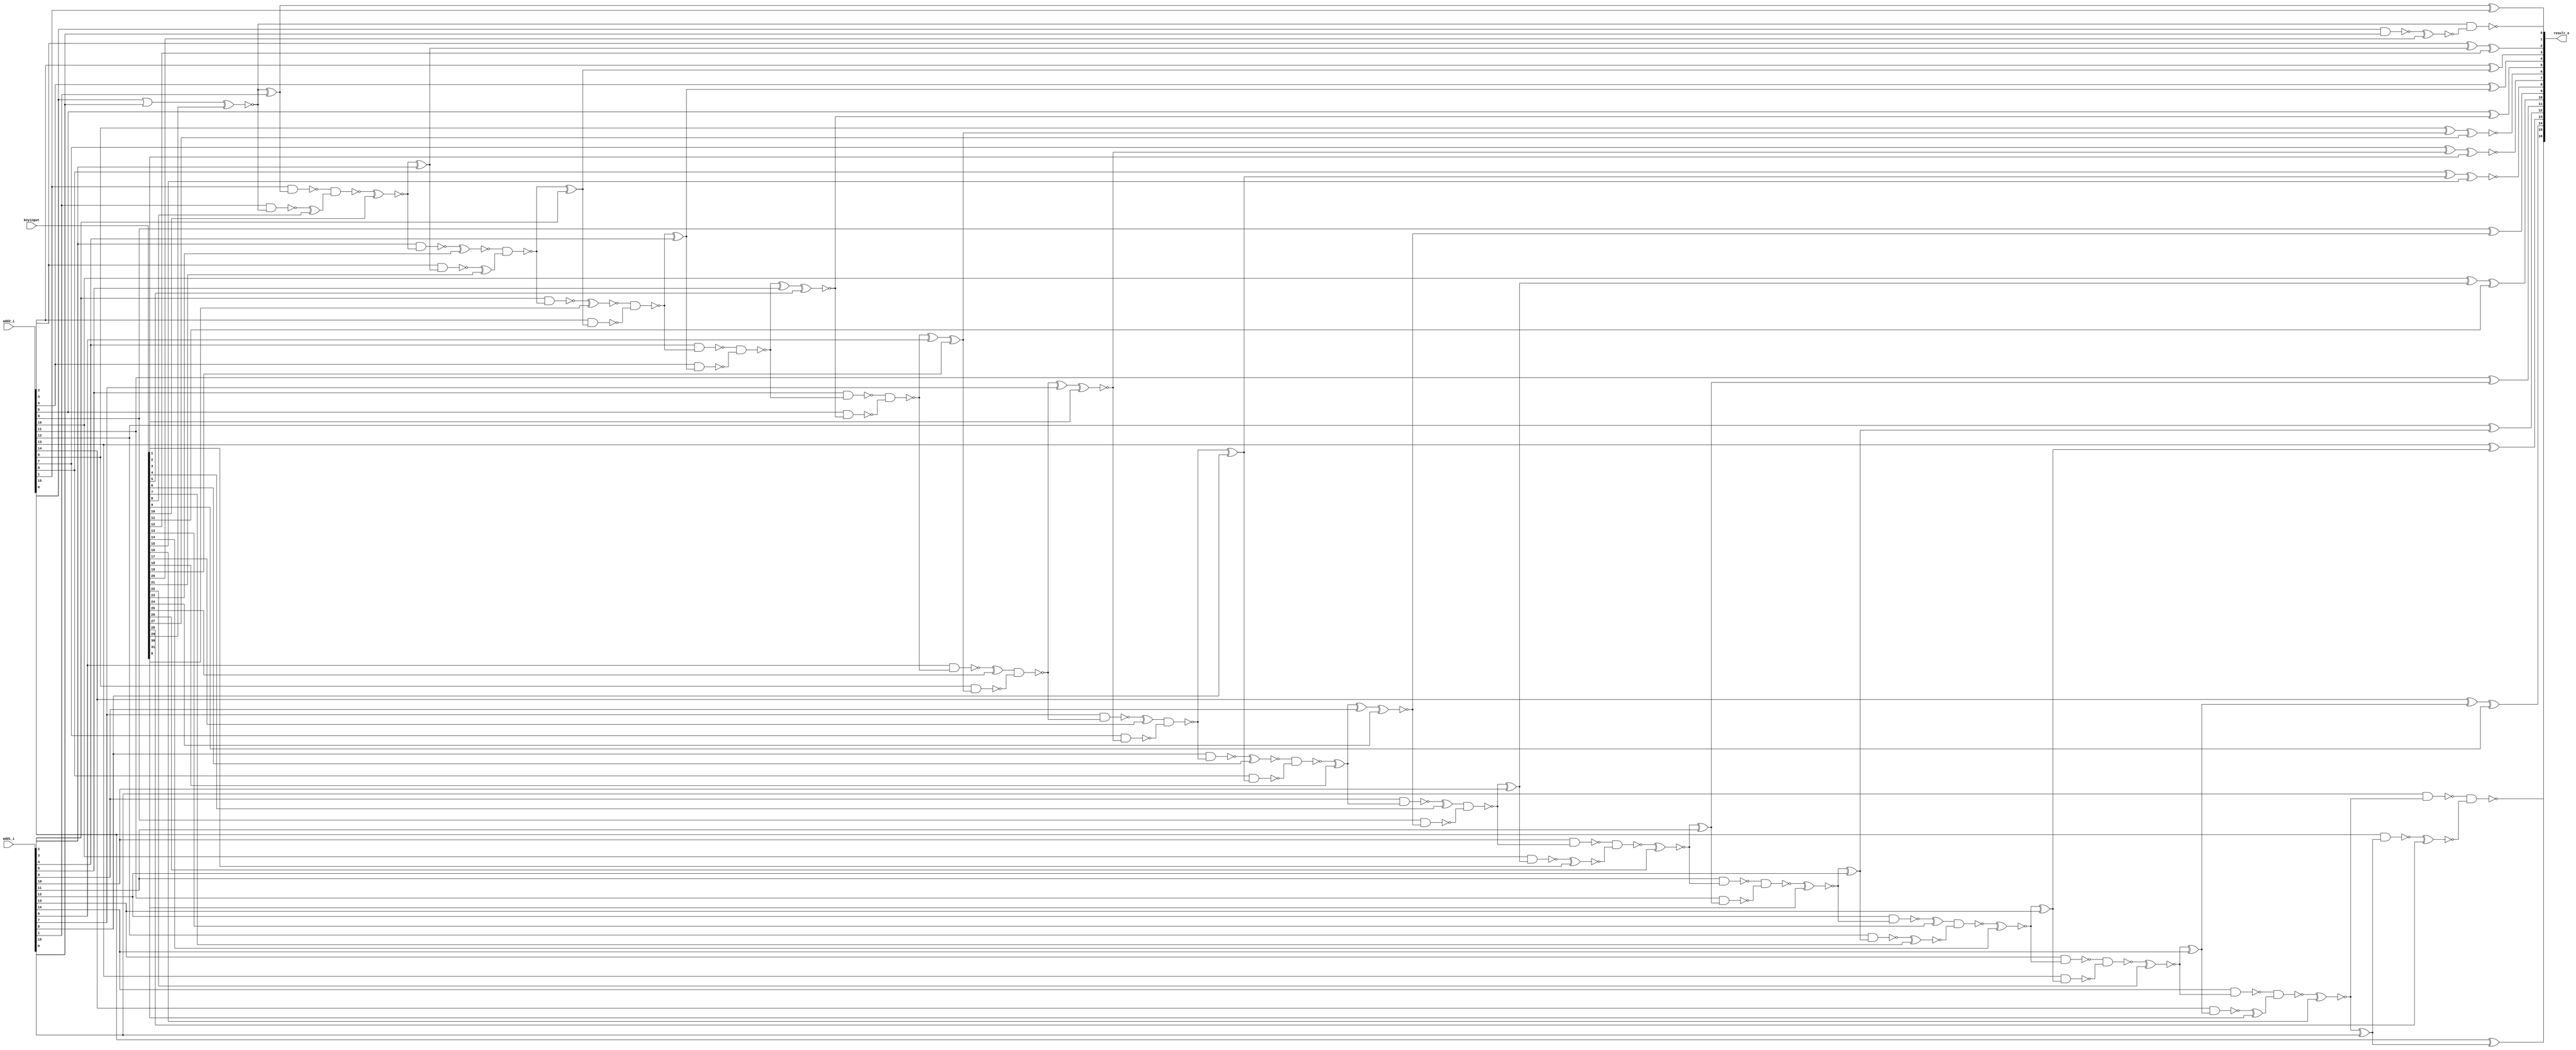
// Verilog File 
module ripple_carry_adder16_xor_enc32 (add1_i,add2_i,keyinput,result_o);

input [15:0] add1_i, add2_i;
input [31:0] keyinput;


output [16:0] result_o;

wire xenc24, n48, xenc15, xenc1, xenc3, xenc19, xenc27, xenc5, n52, 
n53, n54, xenc12, n55, n58, xenc16, n62, xenc9, xenc22, n66, 
xenc14, n70, xenc0, n74, xenc26, n78, xenc11, n79, xenc18, n47, 
n85, n88, n49, n91, n50, n94, n51, n97, n100, xenc10, 
xenc29, n106, xenc23, xenc21, n101, n102, xenc31, n99, n98, n95, 
n96, n92, n93, xenc4, n81, n80, n76, xenc2, n75, n77, 
n72, n73, n71, xenc13, xenc7, n67, n68, n69, n64, n65, 
n63, n60, xenc30, n59, n61, xenc25, n90, n89, xenc17, n87, 
n86, xenc6, n84, n82, n83, n104, xenc8, n103, n105, n56, 
xenc28, n57, xenc20, n107;

xor g0(result_o[9], add2_i[9], xenc24);
xor g1(xenc15, add2_i[8], n48);
xor g2(xenc3, add2_i[7], xenc1);
xor g3(xenc27, add2_i[6], xenc19);
xor g4(result_o[5], add2_i[5], xenc5);
xor g5(result_o[4], add2_i[4], n52);
xor g6(result_o[3], add2_i[3], n53);
xor g7(xenc12, add2_i[2], n54);
xor g8(result_o[1], n55, add2_i[1]);
xor g9(result_o[15], add2_i[15], n58);
xor g10(n58, xenc16, add1_i[15]);
xor g11(xenc9, add2_i[14], n62);
xor g12(n62, xenc22, add1_i[14]);
xor g13(result_o[13], add2_i[13], n66);
xor g14(n66, xenc14, add1_i[13]);
xor g15(result_o[12], add2_i[12], n70);
xor g16(n70, xenc0, add1_i[12]);
xor g17(result_o[11], add2_i[11], n74);
xor g18(n74, xenc26, add1_i[11]);
xor g19(xenc11, add2_i[10], n78);
xor g20(n78, n79, add1_i[10]);
xor g21(n47, xenc18, add1_i[9]);
xor g22(n48, n85, add1_i[8]);
xor g23(n49, n88, add1_i[7]);
xor g24(n50, n91, add1_i[6]);
xor g25(n51, n94, add1_i[5]);
xor g26(n52, n97, add1_i[4]);
xor g27(n53, n100, add1_i[3]);
xor g28(n54, xenc10, add1_i[2]);
xor g29(n55, xenc29, add1_i[1]);
or g30(n106, add2_i[0], add1_i[0]);
nand g31(n100, xenc23, xenc21);
nand g32(n101, add1_i[2], xenc10);
nand g33(n102, add2_i[2], n54);
nand g34(n97, xenc31, n99);
nand g35(n98, add1_i[3], n100);
nand g36(n99, add2_i[3], n53);
nand g37(n94, n95, n96);
nand g38(n95, add1_i[4], n97);
nand g39(n96, add2_i[4], n52);
nand g40(n91, n92, n93);
nand g41(n92, add1_i[5], n94);
nand g42(n93, add2_i[5], xenc5);
nand g43(n79, xenc4, n81);
nand g44(n80, add1_i[9], xenc18);
nand g45(n81, add2_i[9], xenc24);
nand g46(n75, n76, xenc2);
nand g47(n76, add1_i[10], n79);
nand g48(n77, add2_i[10], n78);
nand g49(n71, n72, n73);
nand g50(n72, add1_i[11], xenc26);
nand g51(n73, add2_i[11], n74);
nand g52(n67, xenc13, xenc7);
nand g53(n68, add1_i[12], xenc0);
nand g54(n69, add2_i[12], n70);
nand g55(n63, n64, n65);
nand g56(n64, add1_i[13], xenc14);
nand g57(n65, add2_i[13], n66);
nand g58(n59, n60, xenc30);
nand g59(n60, add1_i[14], xenc22);
nand g60(n61, add2_i[14], n62);
nand g61(n88, xenc25, n90);
nand g62(n89, add1_i[6], n91);
nand g63(n90, add2_i[6], xenc19);
nand g64(n85, xenc17, n87);
nand g65(n86, add1_i[7], n88);
nand g66(n87, add2_i[7], xenc1);
nand g67(n82, xenc6, n84);
nand g68(n83, add1_i[8], n85);
nand g69(n84, add2_i[8], n48);
nand g70(n103, n104, xenc8);
nand g71(n105, add1_i[1], xenc29);
nand g72(n104, add2_i[1], n55);
nand g73(result_o[16], n56, xenc28);
nand g74(n56, add1_i[15], xenc16);
nand g75(n57, add2_i[15], n58);
nand g76(result_o[0], xenc29, xenc20);
nand g77(n107, add2_i[0], add1_i[0]);
xnor g78(xenc0, n71, keyinput[0]);
xnor g79(xenc1, n49, keyinput[1]);
xnor g80(xenc2, n77, keyinput[2]);
xnor g81(result_o[7], xenc3, keyinput[3]);
xor g82(xenc4, n80, keyinput[4]);
xnor g83(xenc5, n51, keyinput[5]);
xnor g84(xenc6, n83, keyinput[6]);
xnor g85(xenc7, n69, keyinput[7]);
xor g86(xenc8, n105, keyinput[8]);
xor g87(result_o[14], xenc9, keyinput[9]);
xnor g88(xenc10, n103, keyinput[10]);
xor g89(result_o[10], xenc11, keyinput[11]);
xor g90(result_o[2], xenc12, keyinput[12]);
xor g91(xenc13, n68, keyinput[13]);
xnor g92(xenc14, n67, keyinput[14]);
xnor g93(result_o[8], xenc15, keyinput[15]);
xnor g94(xenc16, n59, keyinput[16]);
xor g95(xenc17, n86, keyinput[17]);
xor g96(xenc18, n82, keyinput[18]);
xor g97(xenc19, n50, keyinput[19]);
xnor g98(xenc20, n107, keyinput[20]);
xor g99(xenc21, n102, keyinput[21]);
xnor g100(xenc22, n63, keyinput[22]);
xnor g101(xenc23, n101, keyinput[23]);
xnor g102(xenc24, n47, keyinput[24]);
xor g103(xenc25, n89, keyinput[25]);
xnor g104(xenc26, n75, keyinput[26]);
xnor g105(result_o[6], xenc27, keyinput[27]);
xnor g106(xenc28, n57, keyinput[28]);
xnor g107(xenc29, n106, keyinput[29]);
xor g108(xenc30, n61, keyinput[30]);
xnor g109(xenc31, n98, keyinput[31]);
endmodule